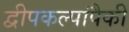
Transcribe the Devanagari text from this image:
द्वीपकल्पांपैकी